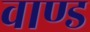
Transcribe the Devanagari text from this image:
वाण्ड